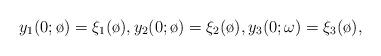
LaTeX: \begin{align*}y_1(0;\o) = \xi_1(\o), y_2(0;\o) = \xi_2(\o),y_3(0;\omega)=\xi_3(\o),\end{align*}